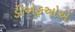
ડીએફઓએ